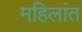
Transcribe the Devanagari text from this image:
महिलांत